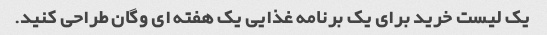
یک لیست خرید برای یک برنامه غذایی یک هفته ای وگان طراحی کنید.